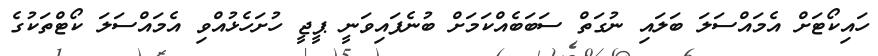
ހައިކޯޓަށް އެމައްސަލަ ބަލައި ނުގަތް ސަބަބެއްކަމަށް ބުނެފައިވަނީ ޕީޖީ ހުށަހެޅުއްވި އެމައްސަލަ ކޯޓްތަކުގެ